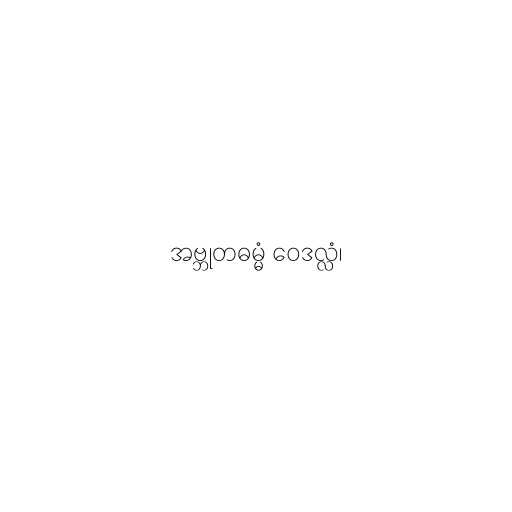
အဗ္ဘုတဓမ္မံ ဝေဒလ္လံ၊